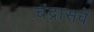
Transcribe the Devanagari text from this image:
चंद्रासवे